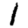
Digit: 1